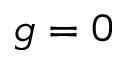
g = 0